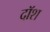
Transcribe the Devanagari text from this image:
दॉश